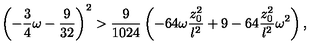
\left( - { \frac { 3 } { 4 } } \omega - { \frac { 9 } { 3 2 } } \right) ^ { 2 } > { \frac { 9 } { 1 0 2 4 } } \left( - 6 4 \omega { \frac { z _ { 0 } ^ { 2 } } { l ^ { 2 } } } + 9 - 6 4 { \frac { z _ { 0 } ^ { 2 } } { l ^ { 2 } } } \omega ^ { 2 } \right) ,